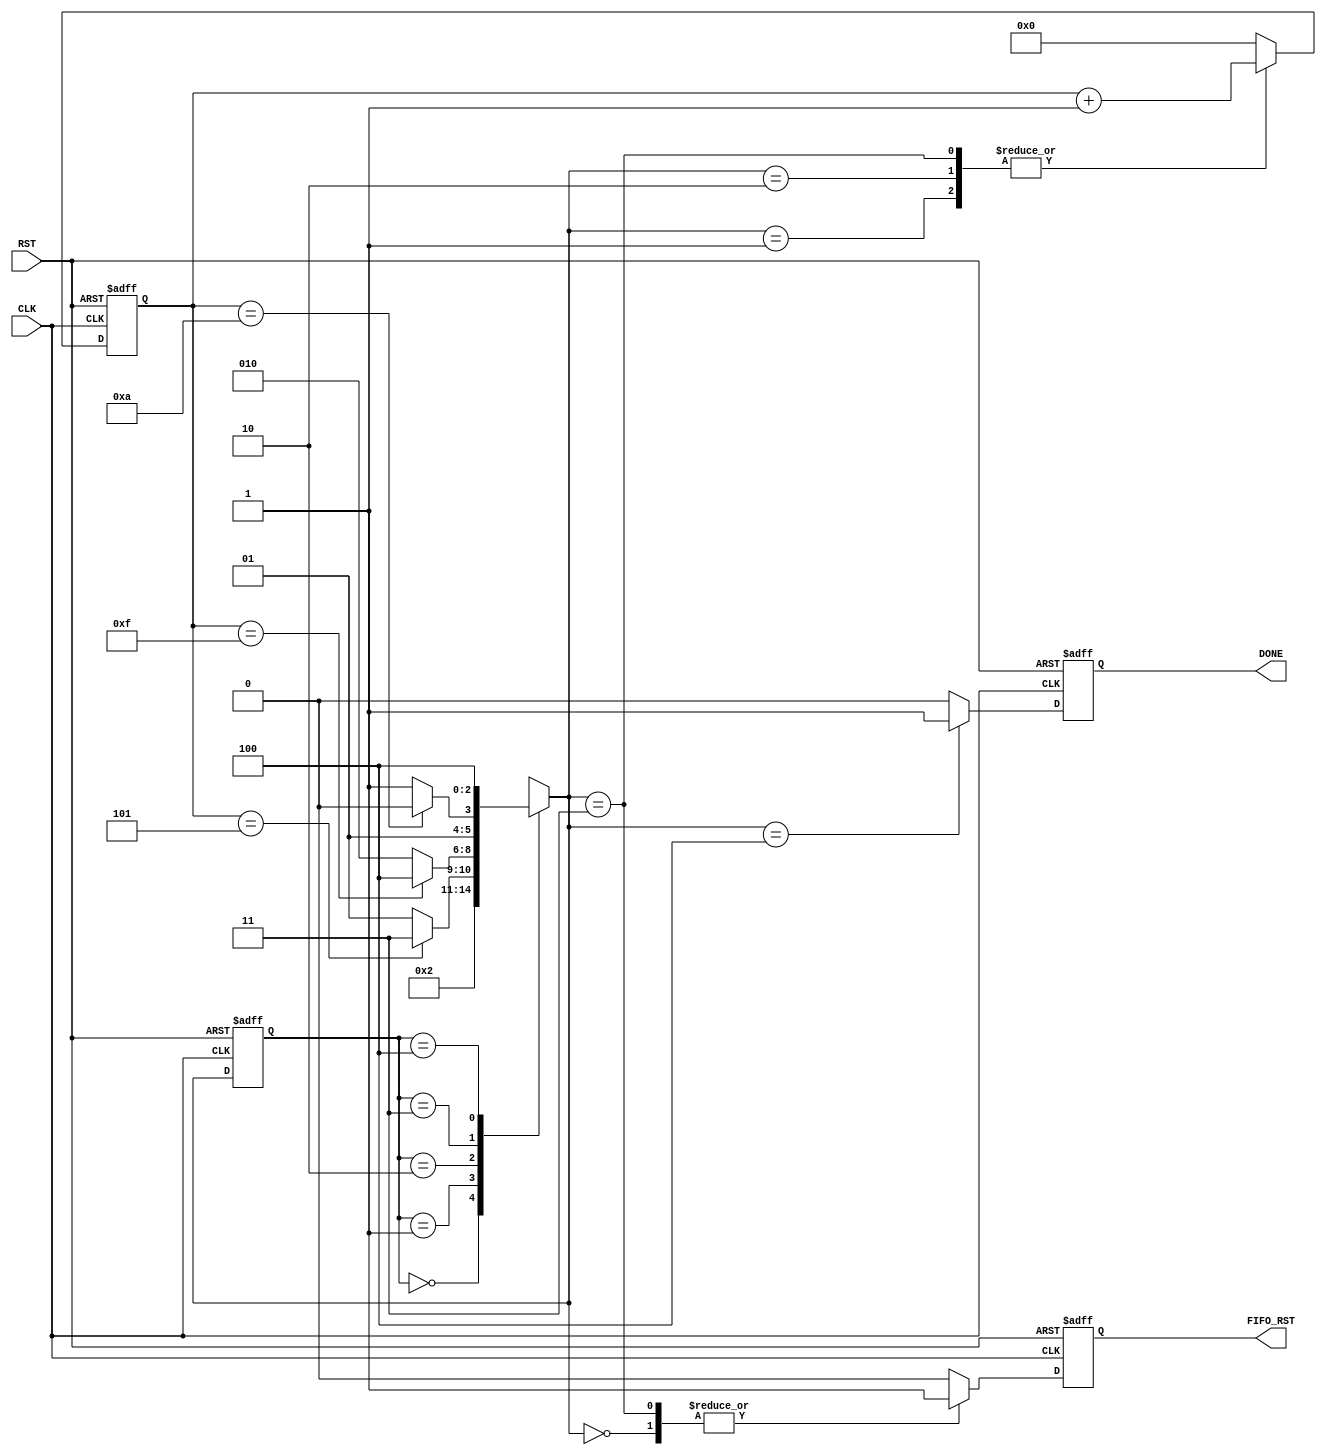

// Created by fizzim_tmr.pl version $Revision: 4.44 on 2014:08:26 at 12:34:33 (www.fizzim.com)

module DAQ_FIFO_Rst_FSM (
  output reg DONE,
  output reg FIFO_RST,
  input CLK,
  input RST 
);

  // state bits
  parameter 
  Idle        = 3'b000, 
  Clear       = 3'b001, 
  Pause       = 3'b010, 
  Reset_FIFOs = 3'b011, 
  Run         = 3'b100; 

  reg [2:0] state;

  reg [2:0] nextstate;

  reg [3:0] hold;

  // comb always block
  always @* begin
    nextstate = 3'bxxx; // default to x because default_state_is_x is set
    case (state)
      Idle       :                     nextstate = Clear;
      Clear      : if (hold == 4'd5)   nextstate = Reset_FIFOs;
                   else                nextstate = Clear;
      Pause      : if (hold == 4'd15)  nextstate = Run;
                   else                nextstate = Pause;
      Reset_FIFOs: if (hold == 4'd10)  nextstate = Pause;
                   else                nextstate = Reset_FIFOs;
      Run        :                     nextstate = Run;
    endcase
  end

  // Assign reg'd outputs to state bits

  // sequential always block
  always @(posedge CLK or posedge RST) begin
    if (RST)
      state <= Idle;
    else
      state <= nextstate;
  end

  // datapath sequential always block
  always @(posedge CLK or posedge RST) begin
    if (RST) begin
      DONE <= 0;
      FIFO_RST <= 1;
      hold <= 4'h0;
    end
    else begin
      DONE <= 0; // default
      FIFO_RST <= 0; // default
      hold <= 4'h0; // default
      case (nextstate)
        Idle       :        FIFO_RST <= 1;
        Clear      :        hold <= hold + 1;
        Pause      :        hold <= hold + 1;
        Reset_FIFOs: begin
                            FIFO_RST <= 1;
                            hold <= hold + 1;
        end
        Run        :        DONE <= 1;
      endcase
    end
  end

  // This code allows you to see state names in simulation
  `ifndef SYNTHESIS
  reg [87:0] statename;
  always @* begin
    case (state)
      Idle       : statename = "Idle";
      Clear      : statename = "Clear";
      Pause      : statename = "Pause";
      Reset_FIFOs: statename = "Reset_FIFOs";
      Run        : statename = "Run";
      default    : statename = "XXXXXXXXXXX";
    endcase
  end
  `endif

endmodule